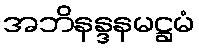
အဘိနန္ဒနမဋ္ဌမံ